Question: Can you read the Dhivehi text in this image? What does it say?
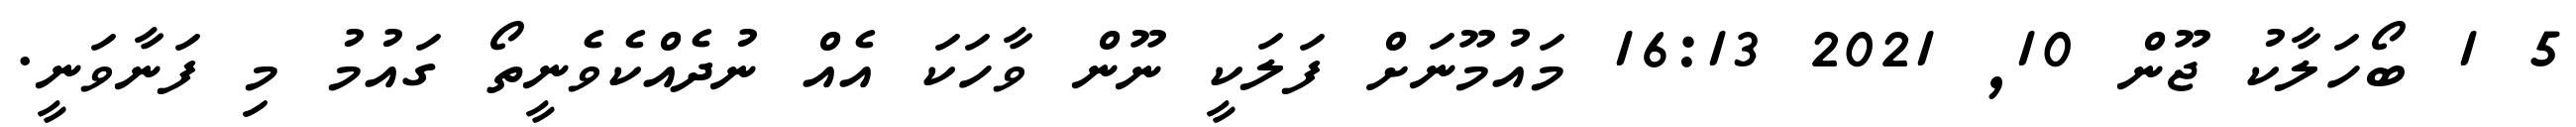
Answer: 5 1 ބޯހަލާކު ޖޫން 10, 2021 16:13 މައުމޫނަށް ފަލަކީ ނޫން ވާހަކަ އެއް ނުދެއްކެވެނީތޯ ގައުމު މި ފަނާވަނީ.